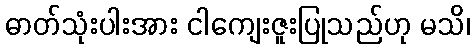
ဓာတ်သုံးပါးအား ငါကျေးဇူးပြုသည်ဟု မသိ၊